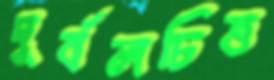
দুর্বলচিত্ত